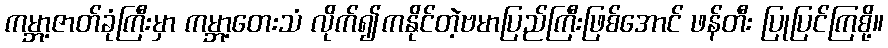
ကမ္ဘာ့ဇာတ်ခုံကြီးမှာ ကမ္ဘာ့တေးသံ လိုက်၍ကနိုင်တဲ့ဗမာပြည်ကြီးဖြစ်အောင် ဖန်တီး ပြုပြင်ကြစို့။